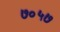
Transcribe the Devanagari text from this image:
७०५७